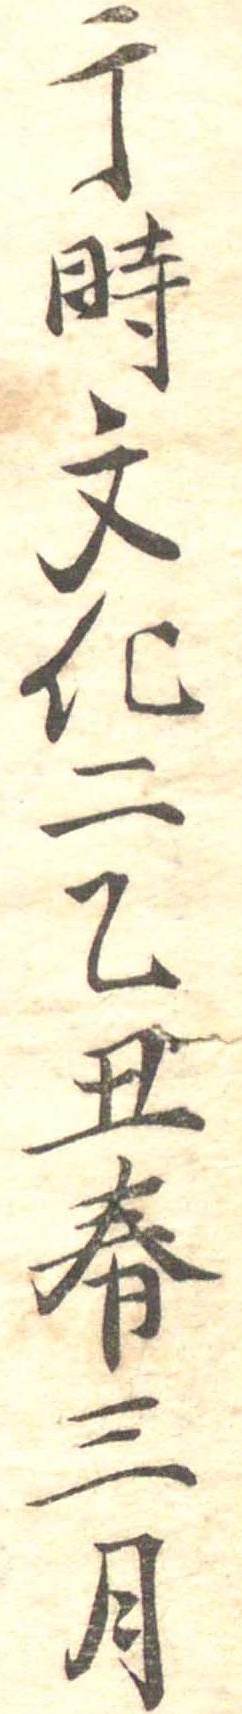
于時文化二乙丑春三月